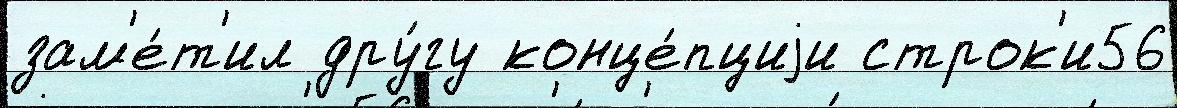
зам'е́т'ил дру́гу конце́пциjи строк'и56